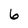
Character: 6